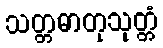
သတ္တဓာတုသုတ္တံ